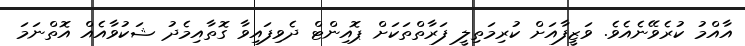
އާއްމު ކުރެވޭނެއެވެ. ވަޒީފާއަށް ކުރިމަތިލީ ފަރާތްތަކަށް ޕޮއިންޓް ދެވިފައިވާ ގޮތާއިމެދު ޝަކުވާއެއް އޮތްނަމަ